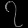
Digit: ၇